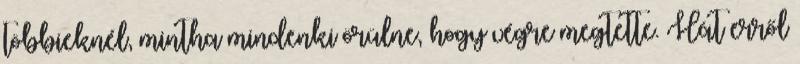
többieknél, mintha mindenki örülne, hogy végre megtette. Hát erről